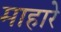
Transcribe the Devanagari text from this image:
माहारे